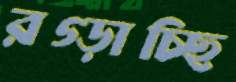
রগ্‌ড়াচ্ছি